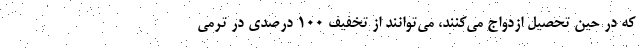
که در حین تحصیل ازدواج می‌کنند، می‌توانند از تخفیف ۱۰۰ درصدی در ترمی